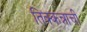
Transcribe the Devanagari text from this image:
तिक्कन्नाची